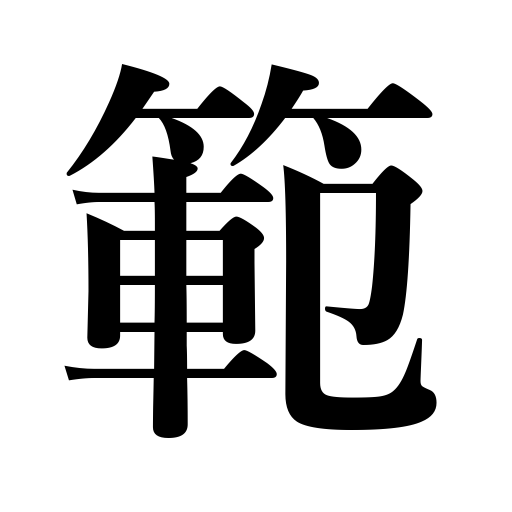
Meanings: pattern,model,limit,example